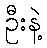
ဦးနဲ့